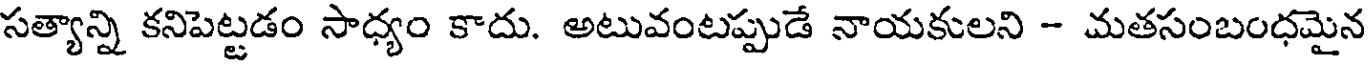
సత్యాన్ని కనిపెట్టడం సాధ్యం కాదు. అటువంటప్పుడే నాయకులని - మతసంబంధమైన